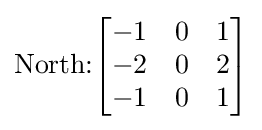
{\text{North:}}{\begin{bmatrix}-1&0&1\\-2&0&2\\-1&0&1\end{bmatrix}}